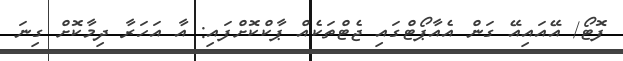
ފޮޓޯ/ އޭއައިއޭ ގަން އެއާޕޯޓްގައި ޖެޓްތަކެއް ޕާކްކޮށްފައި: އާ އަހަރާ ދިމާކޮށް ގިނަ